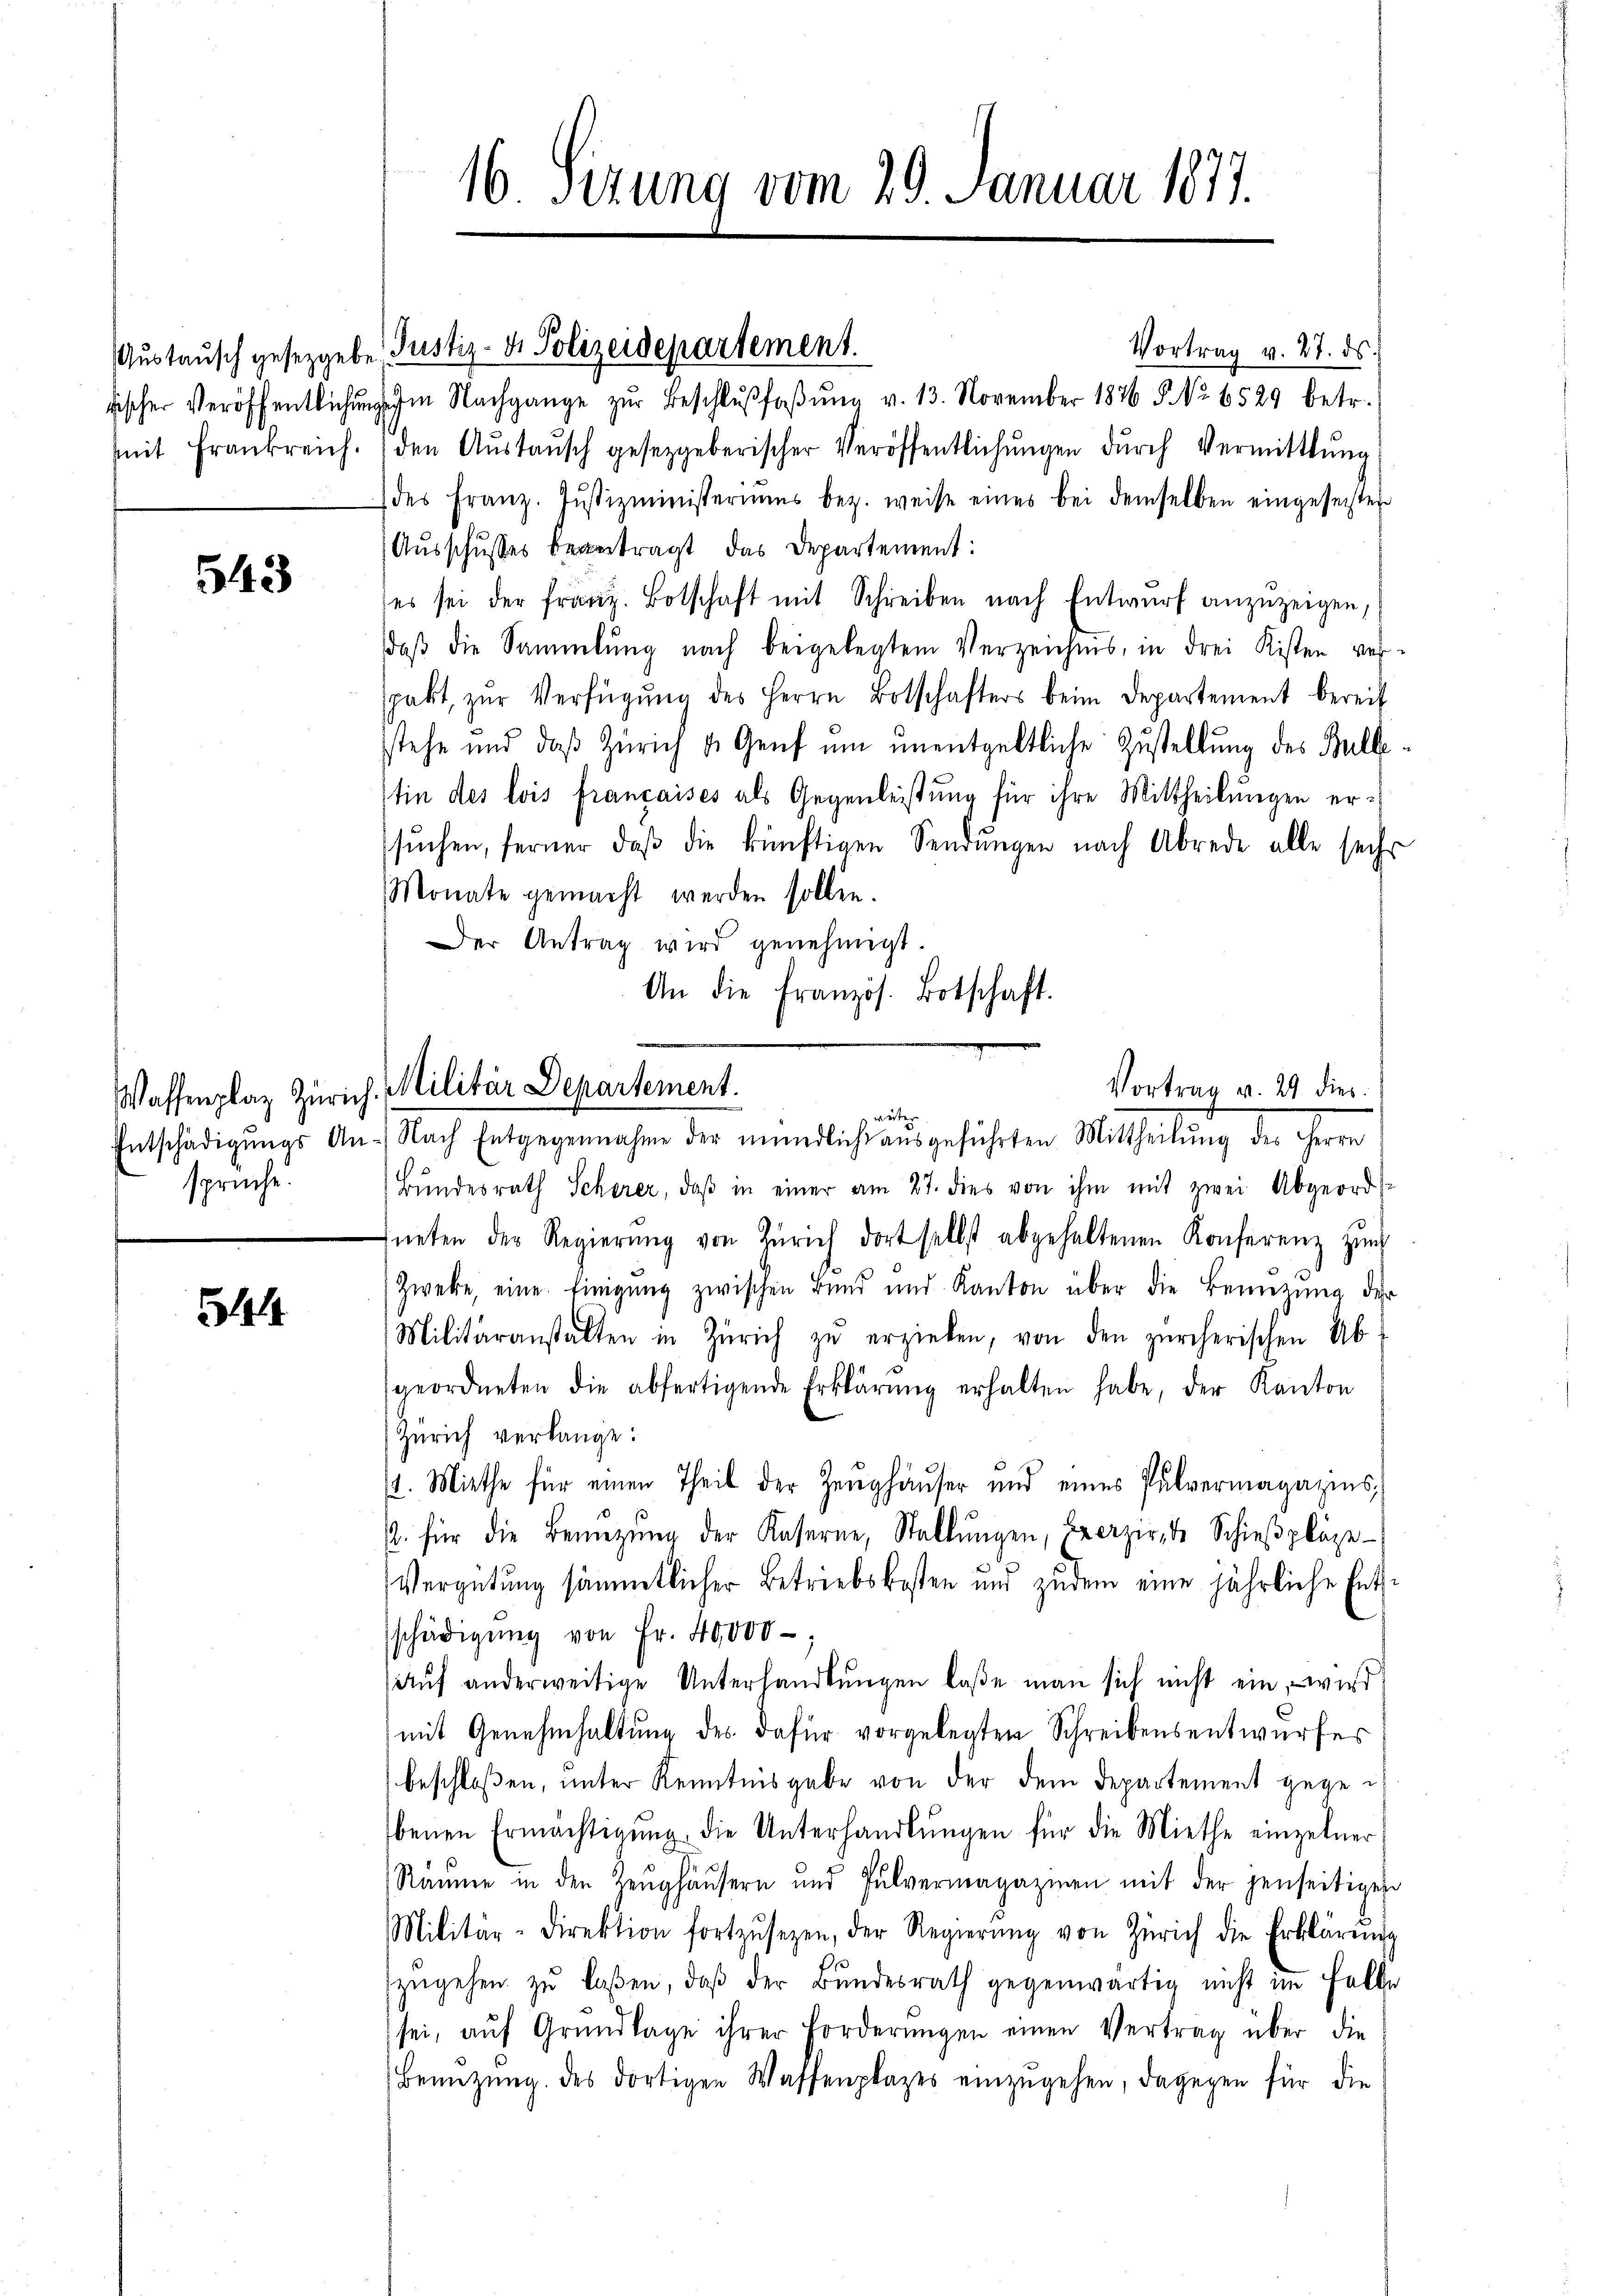
Austausch gesetzgebe
tischer Veröffentlichun
mit Frankreich.

543

Entschädigungs Ansprüche.

3141

16 Sezung vom 29. Januar 1877.

Vortrag v. 27. ds.
m Nachgange zŭr Beschlŭβfaβŭng v. 13. November 1846 § No. 6529 betr.
den Aŭstaŭsch gesetzgeberischer Veröffentlichŭngen dŭrch Vermittlung,
des Franz. Jŭstizministeriums bez. weise eines bei demselben eingesetzten
(Ausschusses tragt das Departement:
(es sei der franz. Botschaft mit Schreiben nach Entwŭrf anzuzeigen,
daß die Sammlung nach beigelegtem Verzeichnis, in drei Kisten ver-
spakt zŭr Verfügŭng des Herrn Botschafters beim Departement bereit
stehe und daß Zürich u. Genf ŭm ŭnentgeltliche Zustellung des Bulle
tin des lois françaises als Gegenleistung für ihre Mittheilungen ersŭchen, ferner, daβ die künftigen Sendŭngen nach Abrede alle sechs
Monate gemacht werden sollen.
Der Antrag wird genehmigt.
Bundesrath Scherer, daß in einer am 27. dies von ihm mit zwei Abgeordneten der Regierŭng von Zürich dort selbst abgehaltenen Konferenz zŭm
Zweke, eine Einigŭng zwischen Bund und Kanton über die Benützŭng der
Militäranstalten in Zürich zŭ erziehen, von den zürcherischen Ab-
geordneten die abfertigende Erklärŭng erhalten habe, der Kanton
Zürich verlange:
14. Miethe für einen Theil der Zeughäuser und eines Pulvermagazins;
. für die Benützŭng der Kaserne, Stallŭngen, Beerzirte Schieβpläze-
Vergütŭng sämmtlicher Betriebskosten und zudem eine jährliche Ent
schädigŭng von Fr. 40,000
Aŭf anderweitige Unterhandlŭngen laße man sich nicht ein, wird
mit Genehmhaltung des dafür vorgelegten Schreibensentwurfes
beschloßen, unter Kenntnisgabe von der dem Departement gegebenen Ermächtigŭng die Unterhandlŭngen für die Miethe einzelner
Räume in den Zeŭghaŭsern und Pulvermagazinen mit der jenseitige
Militär-Direktion fortzŭsezen, der Regierŭng von Zürich die Erklärŭng
zŭgehen zŭ laßen, daβ der Bŭndesrath gegenwärtig nicht im Falle
sei, aŭf Grŭndlage ihrer Forderŭngen einen Vertrag über die
Benützŭng des dortigen Waffenplazes einzŭgehen, dagegen für die

Justiz- & Polizeidepartement.

An die Französ. Botschaft.
Vortrag v. 24. dies
Waffenplaz Zürich. Militär Departement.
weiter
Nach Entgegennahme der mündlicht aŭsgeführten Mittheilŭng des Herrn